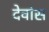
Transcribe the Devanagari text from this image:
देवांस